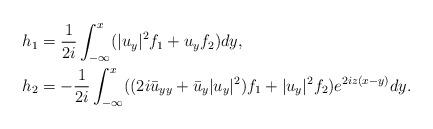
LaTeX: \begin{align*}&h_{1 }=\frac{1}{2i} \int_{-\infty}^{x} (|u_y|^2 f_1+u_yf_2)dy,\\&h_{2 }=- \frac{1}{2i} \int_{-\infty}^{x} ((2i \bar{u}_{yy}+\bar{u}_y|u_y|^2)f_1+|u_y|^2 f_2)e^{2iz(x-y)}dy.\end{align*}